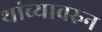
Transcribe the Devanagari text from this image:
थांब्यावरुन